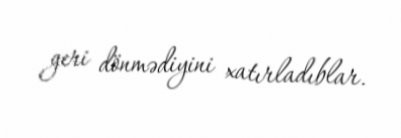
geri dönmədiyini xatırladıblar.